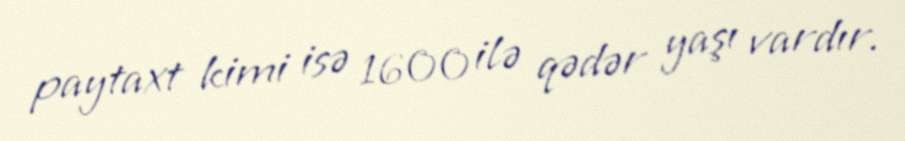
paytaxt kimi isə 1600 ilə qədər yaşı vardır.